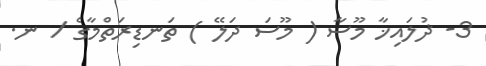
3- ޛުލައިޚާ މޫސާ ( މޫސަ ދަލޭ ) ތަނޑިރަތްމާގެ / ނ.